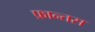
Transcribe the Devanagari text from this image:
फ्रान्तस